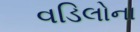
વડિલોના